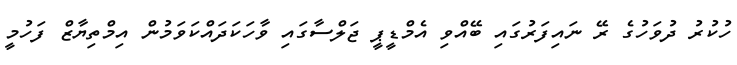
ހުކުރު ދުވަހުގެ ރޭ ނައިފަރުގައި ބޭއްވި އެމްޑީޕީ ޖަލްސާގައި ވާހަކަދައްކަވަމުން އިމްތިޔާޒް ފަހުމީ